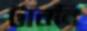
টানবি